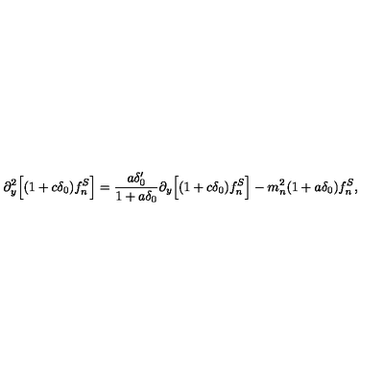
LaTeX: \partial _ { y } ^ { 2 } \Big [ ( 1 + c \delta _ { 0 } ) f _ { n } ^ { S } \Big ] = \frac { a \delta _ { 0 } ^ { \prime } } { 1 + a \delta _ { 0 } } \partial _ { y } \Big [ ( 1 + c \delta _ { 0 } ) f _ { n } ^ { S } \Big ] - m _ { n } ^ { 2 } ( 1 + a \delta _ { 0 } ) f _ { n } ^ { S } ,